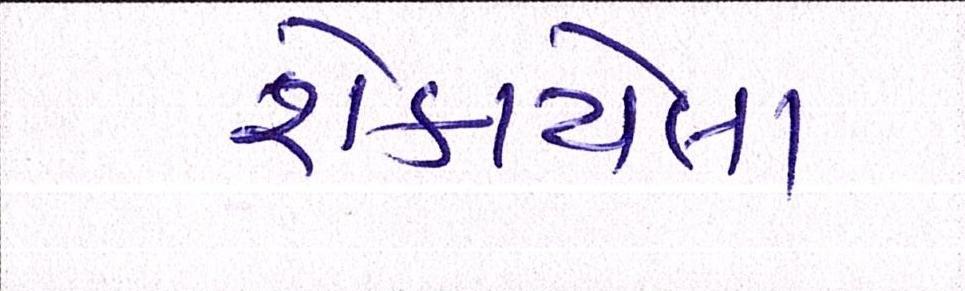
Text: શેકાયેલા